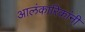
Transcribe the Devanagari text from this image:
आलंकारिकांनी